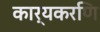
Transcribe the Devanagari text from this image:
कार्यकरणि